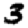
Digit: 3